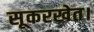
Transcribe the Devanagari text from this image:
सूकरखेत।